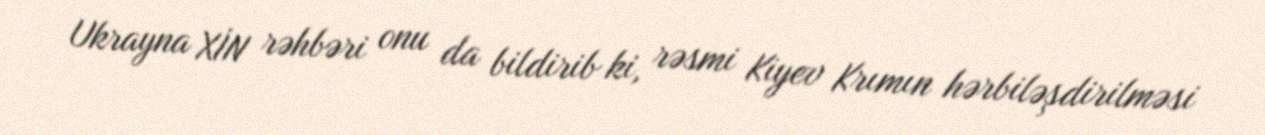
Ukrayna XİN rəhbəri onu da bildirib ki, rəsmi Kiyev Krımın hərbiləşdirilməsi